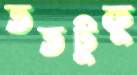
ততটুকু